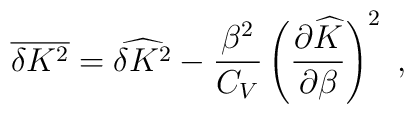
\overline{\delta K^2}=\widehat{\delta K^2}-\frac{\beta^2}{C_V}\left(\frac{\partial\widehat{K}}{\partial\beta}\right)^2~,